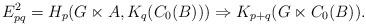
LaTeX: \begin{align*}E^2_{p q} = H_p(G \ltimes A, K_q(C_0(B))) \Rightarrow K_{p + q}(G \ltimes C_0(B)).\end{align*}